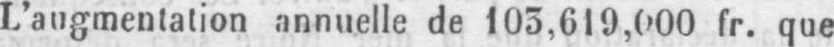
L’augmentation annuelle de 103,619,000 fr. que